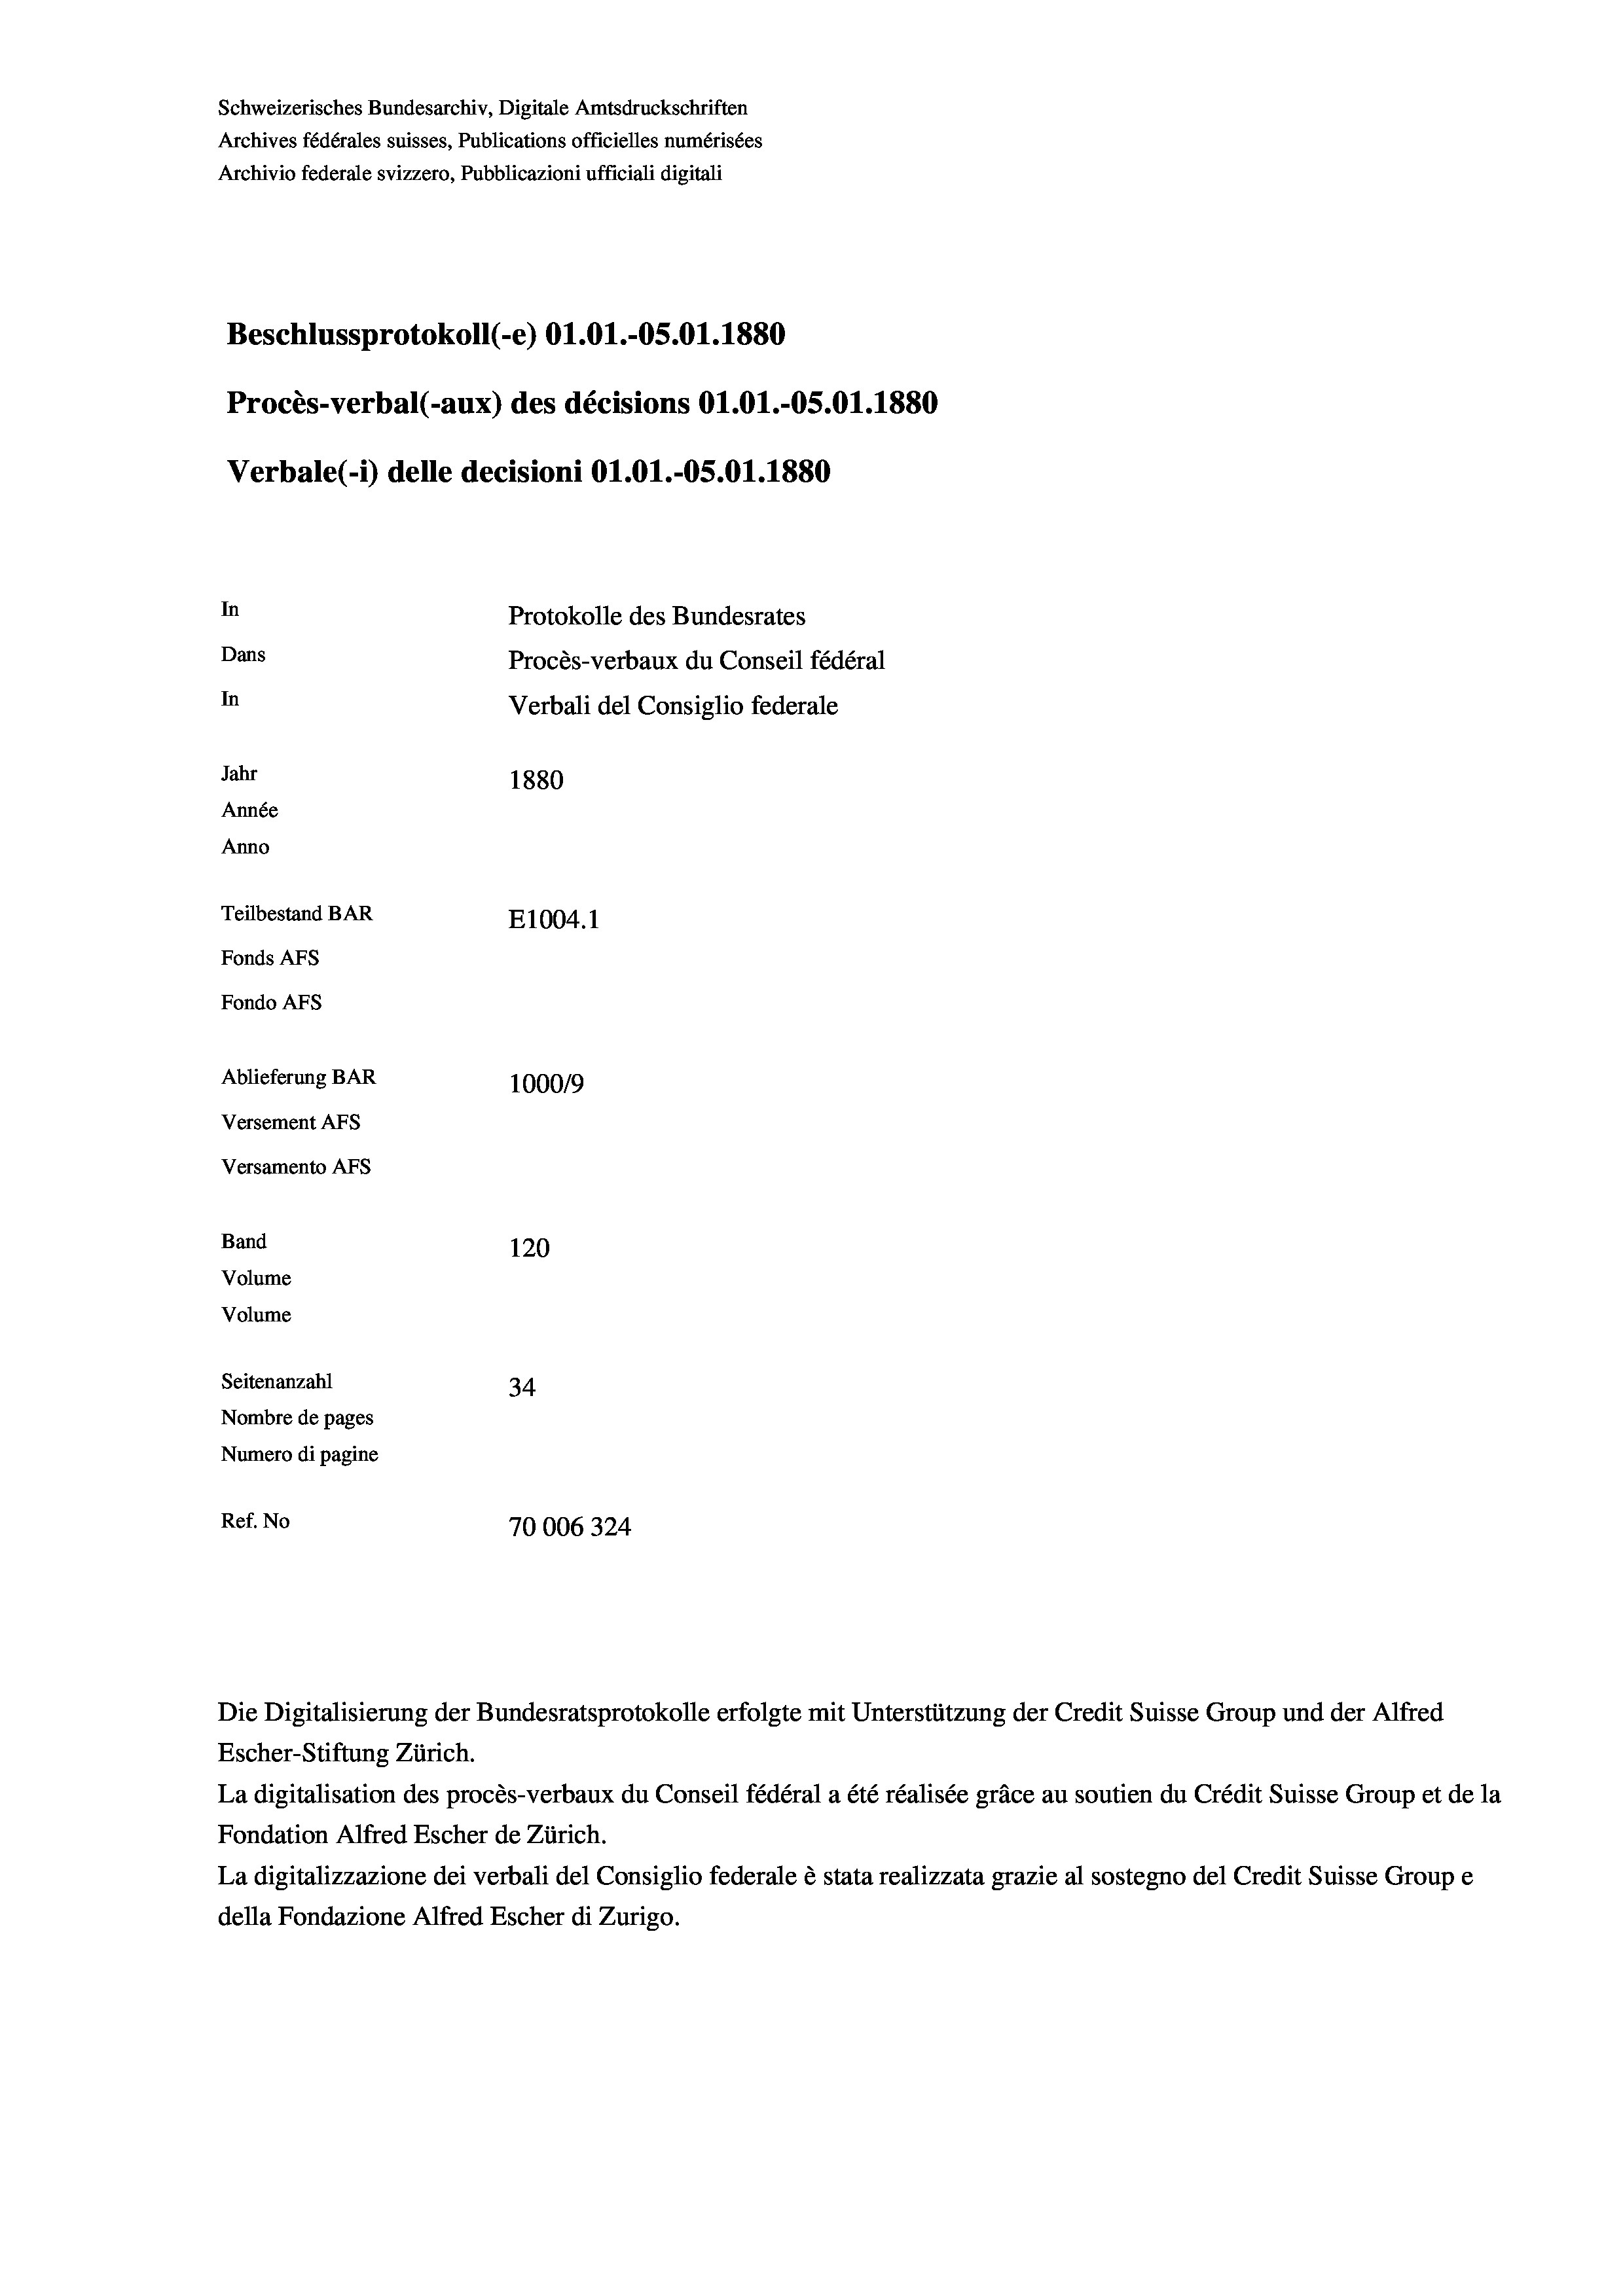
Schweizerisches Bundesarchiv, Digitale Amtsdruckschriften
Archives fédérales suisses, Publications officielles numérisées
Archivio federale svizzero, Pubblicazioni ufficiali digitali
Beschlussprotokoll (-e) O1.01.-05.01. 1880
Procès-verbal (-aux) des décisions Ol.O1.-OS.01.1880
Verbale(*) delle decisioni Ol.O1.-O5.01.1880
In
Protokolle des Bundesrates
Dans
Procès-verbaux du Conseil fédéral
In
Verbali del Consiglio federale
Jahr
1880
Année
Anno
Teilbestand BAR
E1004.1
Fonds AFs
Fondo Afs
Ablieferung BAR
100019
Versement AFs
Versamento Afs
Band
120
Volume
Volume
Seitenanzahl
34
Nombre de pages
Numero di pagine
Ref. No
70006324

Escher-Stiftung Zürich.
La digitalisation des procès-verbaux du Conseil fédéral a été réalisée gräce au soutien du Crédit Suisse Group et de la
Fondation Alfred Escher de Zürich.
La digitalizzazione dei verbali del Consiglio federale è stata realizzata grazie al sostegno del Credit Suisse Groupe
della Fondazione Alfred Escher di Zurigo.

Die Digitalisierung der Bundesratsprotokolle erfolgte mit Unterstützung der Credit Suisse Group und der Alfred